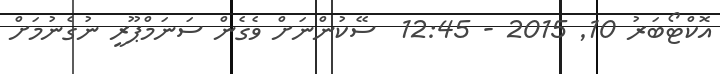
އޮކްޓޯބަރު 10